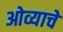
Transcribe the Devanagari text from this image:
ओव्याचे